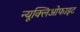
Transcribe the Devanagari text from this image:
न्यूक्लिओफाइट